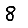
Digit: 8